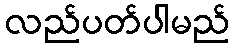
လည်ပတ်ပါမည်